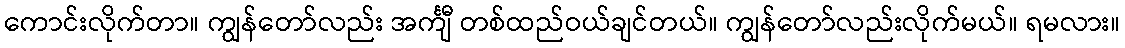
ကောင်းလိုက်တာ။ ကျွန်တော်လည်း အင်္ကျီ တစ်ထည်ဝယ်ချင်တယ်။ ကျွန်တော်လည်းလိုက်မယ်။ ရမလား။